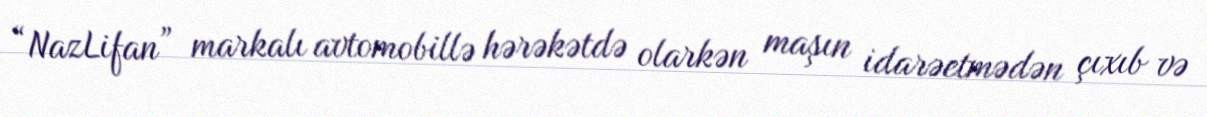
“NazLifan” markalı avtomobillə hərəkətdə olarkən maşın idarəetmədən çıxıb və